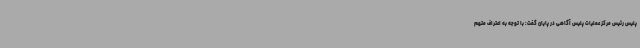
پلیس رئیس مرکز عملیات پلیس آگاهی در پایان گفت: با توجه به اعتراف متهم